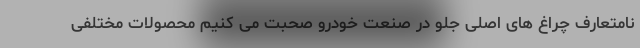
نامتعارف چراغ های اصلی جلو در صنعت خودرو صحبت می کنیم محصولات مختلفی